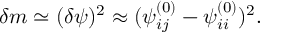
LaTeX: \delta m \simeq ( \delta \psi ) ^ { 2 } \approx ( \psi _ { i j } ^ { ( 0 ) } - \psi _ { i i } ^ { ( 0 ) } ) ^ { 2 } .